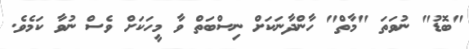
"ބޮޑު" ނުވަތަ "މާތް" ހާންދާނަކަށް ނިސްބަތް ވާ މީހަކަށް ވެސް ނުވާ ކަމެވެ.